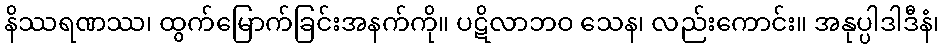
နိဿရဏဿ၊ ထွက်မြောက်ခြင်းအနက်ကို။ ပဋိလာဘဝ သေန၊ လည်းကောင်း။ အနုပ္ပါဒါဒီနံ၊